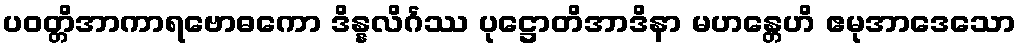
ပဝတ္တိအာကာရဗောဓကော ဒိန္နလိင်္ဂဿ ပုဋ္ဌောတိအာဒိနာ မဟန္တေဟိ ဧမုအာဒေသော